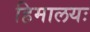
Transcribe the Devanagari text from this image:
हिमालयः